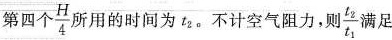
第四个\frac{H}{4}用的时间为t_{2}。不计空气阻力，则\frac{t_{2}}{t_{1}}满足